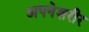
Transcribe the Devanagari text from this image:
अपनेशरीर